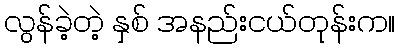
လွန်ခဲ့တဲ့ နှစ် အနည်းငယ်တုန်းက။